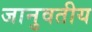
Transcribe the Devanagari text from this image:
जानुवतीय